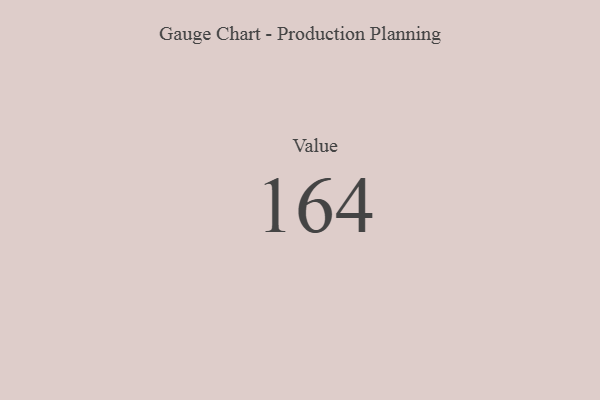
{"axis": {"x": "Metric", "y": "Value"}, "legend": [""], "data": [{"x": "Value", "y": 164, "type": ""}]}